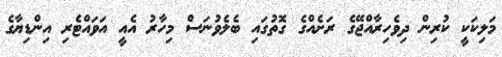
މަލިކަކީ ކުރިން ދިވެހިރާއްޖޭގެ ރަށެއްގެ ގޮތުގައި ބެލެވުނަސް މިހާރު އެއީ އަވައްޓެރި އިންޑިޔާގެ